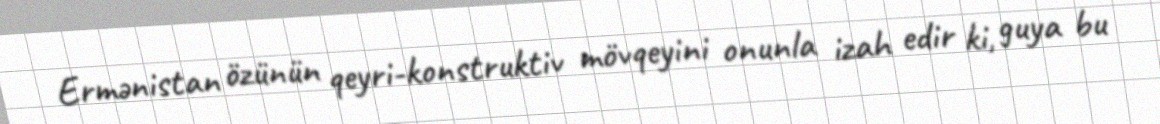
Ermənistan özünün qeyri-konstruktiv mövqeyini onunla izah edir ki, guya bu